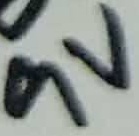
Text: 9V